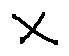
x